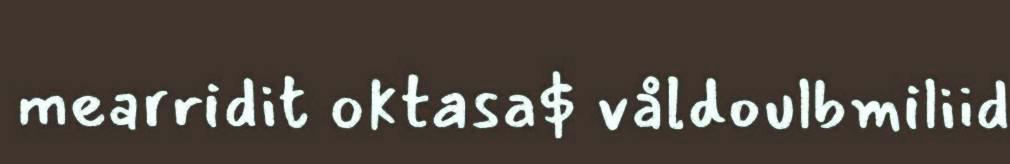
mearridit oktasa$ våldoulbmiliid